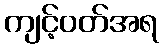
ကျင့်ဝတ်အရ